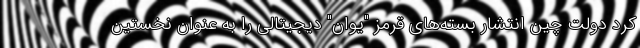
کرد دولت چین انتشار بسته‌های قرمز "یوان" دیجیتالی را به عنوان نخستین